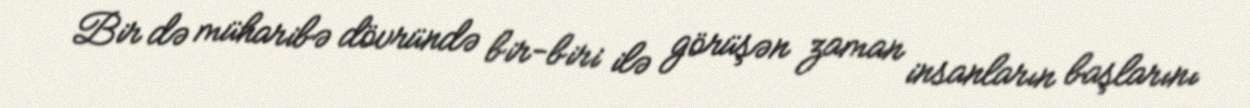
Bir də müharibə dövründə bir-biri ilə görüşən zaman insanların başlarını